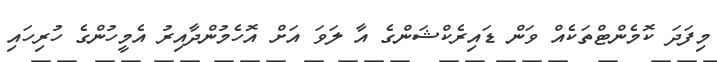
މިފަދަ ކޮމެންޓްތަކެއް ވަން ޑައިރެކްޝަންގެ އާ ލަވަ އަށް އޮހެމުންދާއިރު އެމީހުންގެ ހުރިހައި